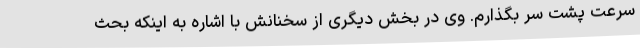
سرعت پشت سر بگذارم. وی در بخش دیگری از سخنانش با اشاره به اینکه بحث